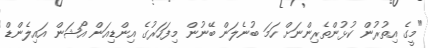
"މީގެ އިތުރުން ކުޅުންތެރިންނަށް ހަމަ ބުނެލަން ބޭނުން މިފަހަރުގެ އިންޑިއަން އޯޝަން އައިލެންޑް